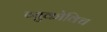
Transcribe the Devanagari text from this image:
व्युकोविच